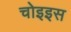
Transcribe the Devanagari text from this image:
चोइइस